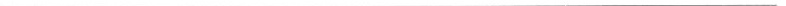
___